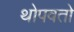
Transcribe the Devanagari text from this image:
थोपवतो